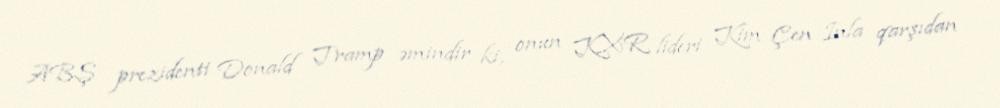
ABŞ prezidenti Donald Tramp əmindir ki, onun KXR lideri Kim Çen Inla qarşıdan